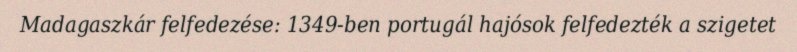
Madagaszkár felfedezése: 1349-ben portugál hajósok felfedezték a szigetet